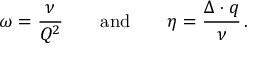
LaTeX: \omega = \frac { \nu } { Q ^ { 2 } } \qquad \mathrm { a n d } \qquad \eta = \frac { \Delta \cdot q } { \nu } \, .